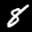
Label: 8